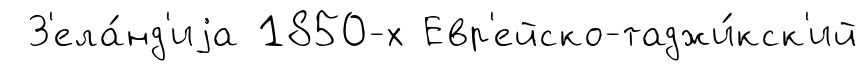
З'ела́нд'иjа 1850-х Евр'ейско-таджи́кск'ий